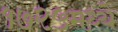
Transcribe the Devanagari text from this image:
१७२५मध्ये